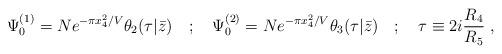
LaTeX: \begin{align*}\Psi_0^{(1)}=Ne^{-\pi x_4^2/V}\theta_2(\tau|\bar{z})\quad ;\quad \Psi_0^{(2)}=Ne^{-\pi x_4^2/V}\theta_3(\tau|\bar{z})\quad ;\quad \tau\equiv 2i{R_4\over R_5}\ ,\end{align*}